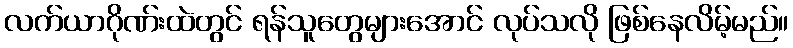
လက်ယာဂိုဏ်းထဲတွင် ရန်သူတွေများအောင် လုပ်သလို ဖြစ်နေလိမ့်မည်။